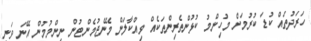
ހަރަދުތައް ކުޑަ ކުރުމަށް މުހިންމު ކުޅުންތެރިންތަކެއް ވިއްކާލަން މެނޭޖުމެންޓުން ނިންމުމުން އޭނަ ވަނީ